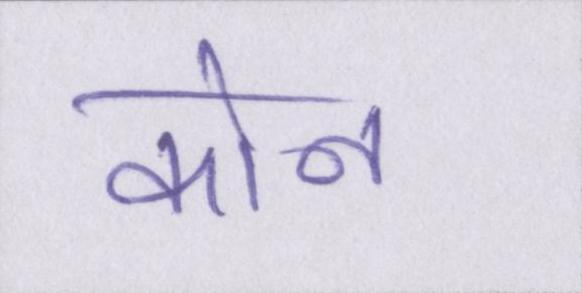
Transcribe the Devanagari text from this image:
कोन